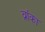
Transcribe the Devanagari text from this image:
व्रांका